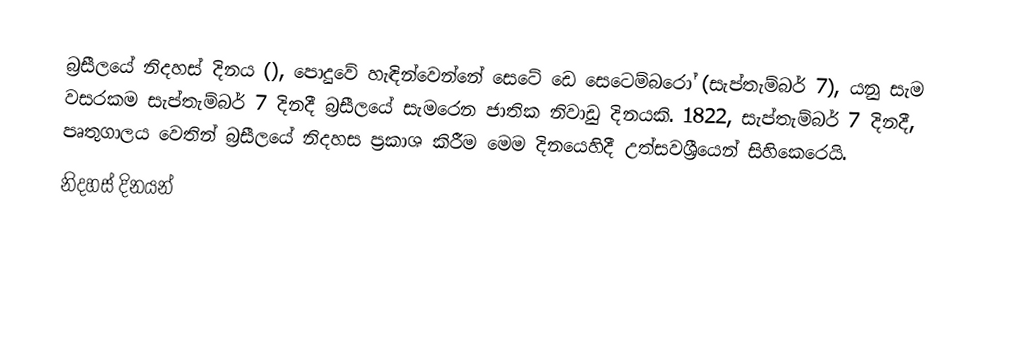
බ්‍රසීලයේ නිදහස් දිනය (), පොදුවේ හැඳින්වෙන්නේ සෙටේ ඩෙ සෙටෙම්බරෝ (සැප්තැම්බර් 7), යනු  සැම වසරකම සැප්තැම්බර් 7 දිනදී බ්‍රසීලයේ සැමරෙන  ජාතික නිවාඩු දිනයකි. 1822, සැප්තැම්බර් 7 දිනදී, පෘතුගාලය වෙතින් බ්‍රසීලයේ නිදහස ප්‍රකාශ කිරීම මෙම දිනයෙහිදී උත්සවශ්‍රීයෙන් සිහිකෙරෙයි.
නිදහස් දිනයන්